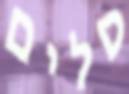
סלים